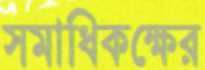
সমাধিকক্ষের